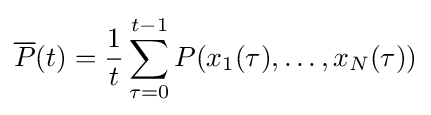
{\overline {P}}(t)={\frac {1}{t}}\sum _{\tau =0}^{t-1}P(x_{1}(\tau ),\ldots ,x_{N}(\tau ))